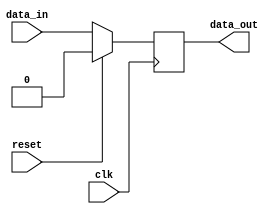
module sequential_logic (
    input wire clk,
    input wire reset,
    input wire data_in,
    output reg data_out
);

always @(negedge clk) begin
    if (reset) begin
        data_out <= 1'b0;
    end else begin
        data_out <= data_in;
    end
end

endmodule